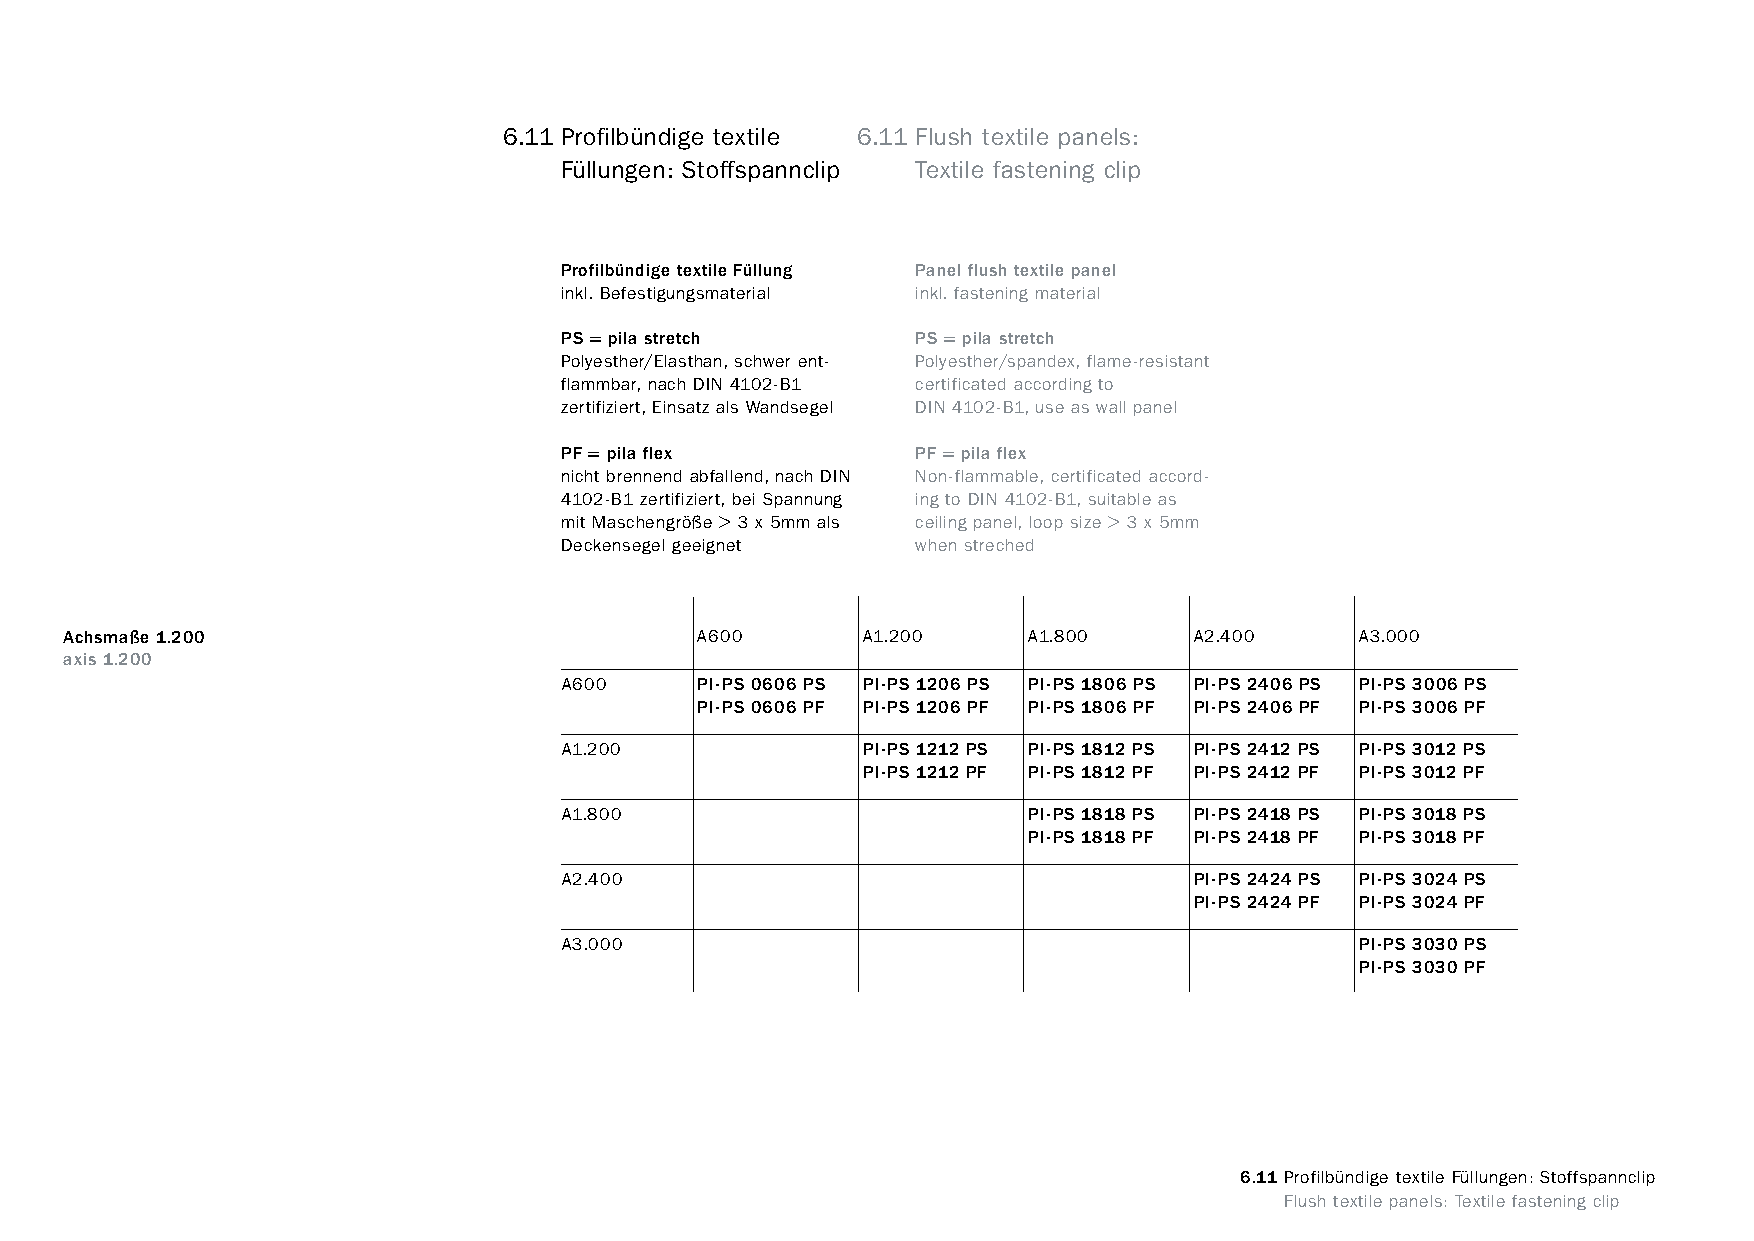
constructivpila petite       6.11 Profilbündige textile 6.11 Flush textile panels:
 Füllungen: Stoffspannclip Textile fastening clip
 Profilbündige textile Füllung Panel flush textile panel
 inkl. Befestigungsmaterial inkl. fastening material
 PS = pila stretch       PS = pila stretch
 Polyesther/Elasthan, schwer ent- Polyesther/spandex, flame-resistant
 flammbar, nach DIN 4102-B1 certificated according to
 zertifiziert, Einsatz als Wandsegel DIN 4102-B1, use as wall panel
 PF = pila flex          PF = pila flex
 nicht brennend abfallend, nach DIN Non-flammable, certificated accord-
 4102-B1 zertifiziert, bei Spannung ing to DIN 4102-B1, suitable as
 mit Maschengröße > 3 x 5mm als ceiling panel, loop size > 3 x 5mm
 Deckensegel geeignet    when streched
 Achsmaße 1.200                            A600       A1.200     A1.800     A2.400     A3.000
 axis 1.200
 A600     PI-PS 0606 PS PI-PS 1206 PS PI-PS 1806 PS PI-PS 2406 PS PI-PS 3006 PS
 PI-PS 0606 PF PI-PS 1206 PF PI-PS 1806 PF PI-PS 2406 PF PI-PS 3006 PF
 A1.200              PI-PS 1212 PS PI-PS 1812 PS PI-PS 2412 PS PI-PS 3012 PS
 PI-PS 1212 PF PI-PS 1812 PF PI-PS 2412 PF PI-PS 3012 PF
 A1.800                         PI-PS 1818 PS PI-PS 2418 PS PI-PS 3018 PS
 PI-PS 1818 PF PI-PS 2418 PF PI-PS 3018 PF
 A2.400                                    PI-PS 2424 PS PI-PS 3024 PS
 PI-PS 2424 PF PI-PS 3024 PF
 A3.000                                               PI-PS 3030 PS
 PI-PS 3030 PF
 6.11 Profilbündige textile Füllungen: Stoffspannclip
 www.burkhardtleitner.de                                                          Flush textile panels: Textile fastening clip